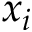
x _ { i }